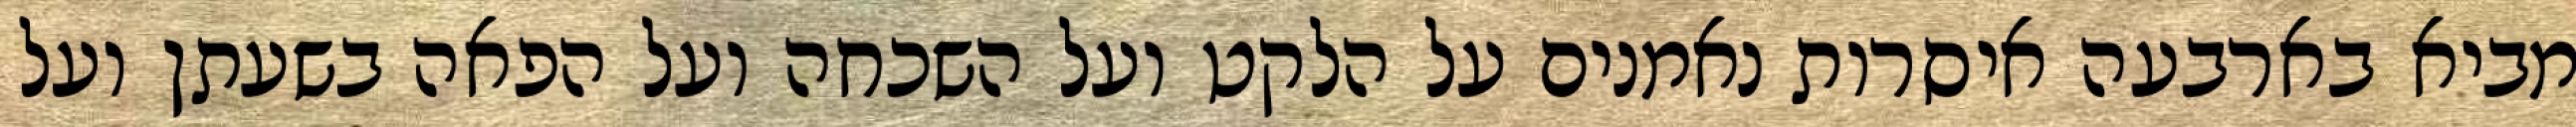
מביא בארבעה איסרות נאמנים על הלקט ועל השכחה ועל הפאה בשעתן ועל